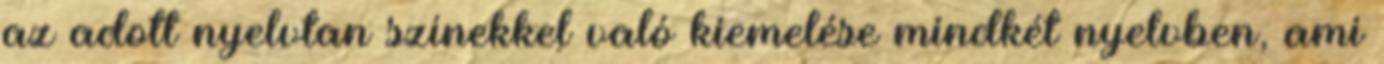
az adott nyelvtan színekkel való kiemelése mindkét nyelvben, ami